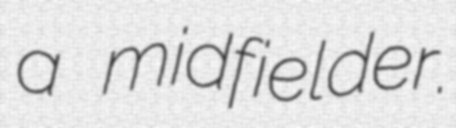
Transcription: a midfielder.